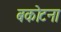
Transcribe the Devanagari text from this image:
बकोटना